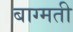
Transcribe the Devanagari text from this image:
बाग्मती